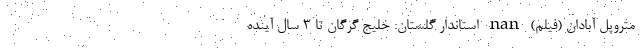
متروپل آبادان (فیلم) nan استاندار گلستان: خلیج گرگان ‌تا ۳ سال آینده